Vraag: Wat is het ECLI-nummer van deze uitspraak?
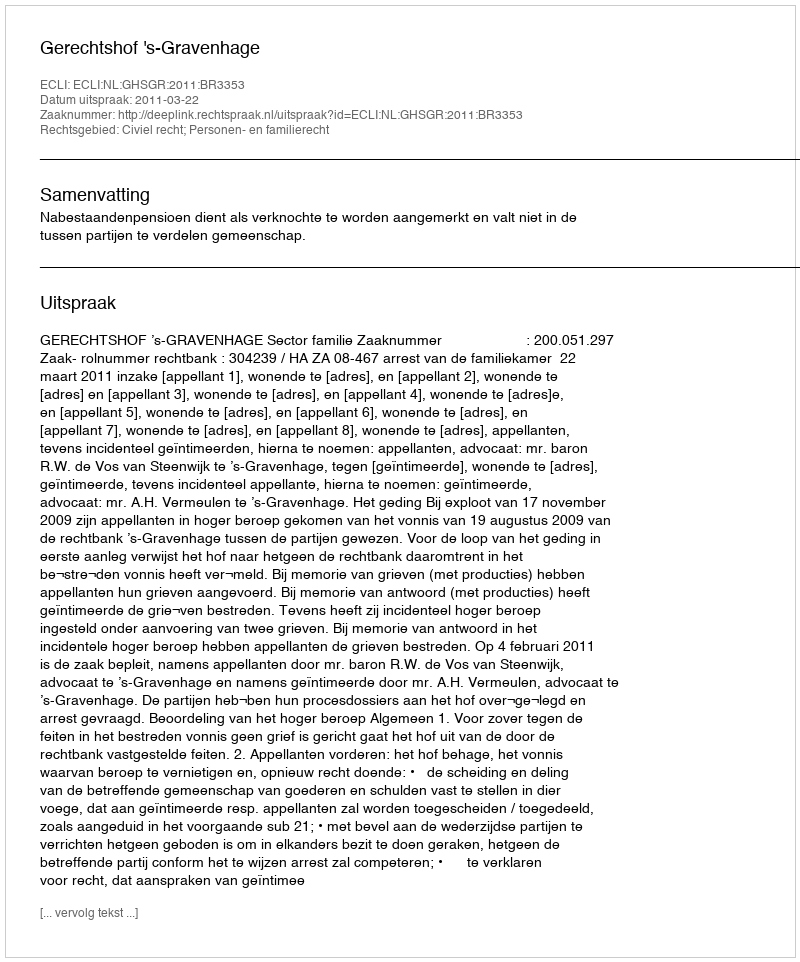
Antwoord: ECLI:NL:GHSGR:2011:BR3353